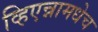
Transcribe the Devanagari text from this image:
व्हिएन्नामधेच